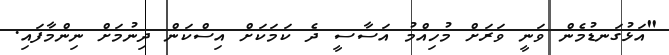
"އަޅުގަނޑުމެން ވަނީ ވަރަށް މުހިއްމު އަސާސީ ދެ ކަމަކަށް އިސްކަން ދިނުމަށް ނިންމާފައި.